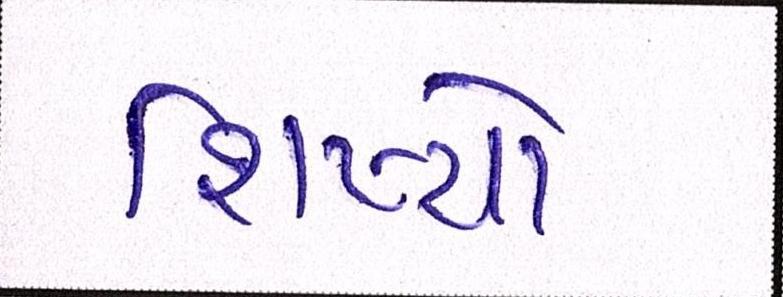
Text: શિષ્યો